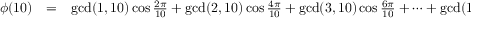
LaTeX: \begin{array} { r c l } { \phi ( 1 0 ) } & { = } & { \operatorname* { g c d } ( 1 , 1 0 ) \cos { \frac { 2 \pi } { 1 0 } } + \operatorname* { g c d } ( 2 , 1 0 ) \cos { \frac { 4 \pi } { 1 0 } } + \operatorname* { g c d } ( 3 , 1 0 ) \cos { \frac { 6 \pi } { 1 0 } } + \cdots + \operatorname* { g c d } ( 1 0 , 1 0 ) \cos { \frac { 2 0 \pi } { 1 0 } } } \end{array}